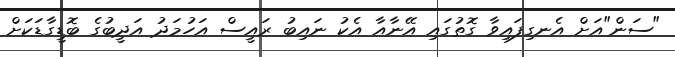
"ސަން"އަށް އެނގިފައިވާ ގޮތުގައި އޭނާއާ އެކު ނައިބު ރައީސް އަހުމަދު އަދީބުގެ ބޮޑީގާޑަކަށް